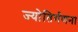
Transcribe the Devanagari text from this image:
ज्योतिर्गणना